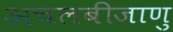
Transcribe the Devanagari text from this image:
अचलबीजाणु